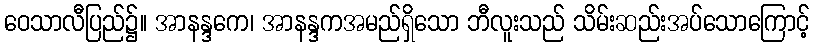
ဝေသာလီပြည်၌။ အာနန္ဒကေ၊ အာနန္ဒကအမည်ရှိသော ဘီလူးသည် သိမ်းဆည်းအပ်သောကြောင့်